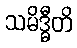
သမိဒ္ဓီတိ